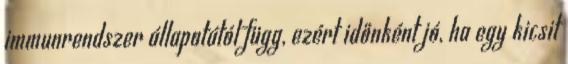
immunrendszer állapotától függ, ezért időnként jó, ha egy kicsit